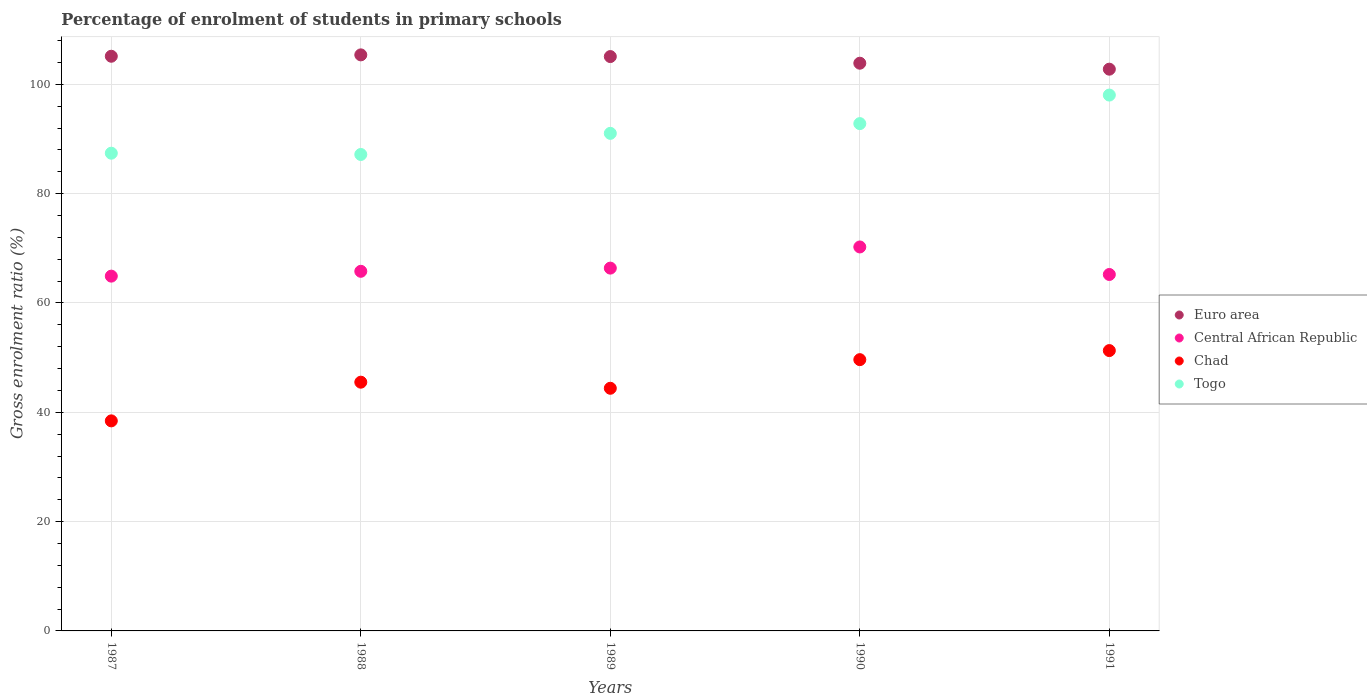
| Years | Euro area | Central African Republic | Chad | Togo |
 | --- | --- | --- | --- | --- |
 | 1987 | 105 | 64.9 | 38.4 | 87.4 |
 | 1988 | 105 | 65.8 | 45.5 | 87.2 |
 | 1989 | 105 | 66.4 | 44.4 | 91 |
 | 1990 | 104 | 70.3 | 49.6 | 92.8 |
 | 1991 | 103 | 65.2 | 51.3 | 98 |